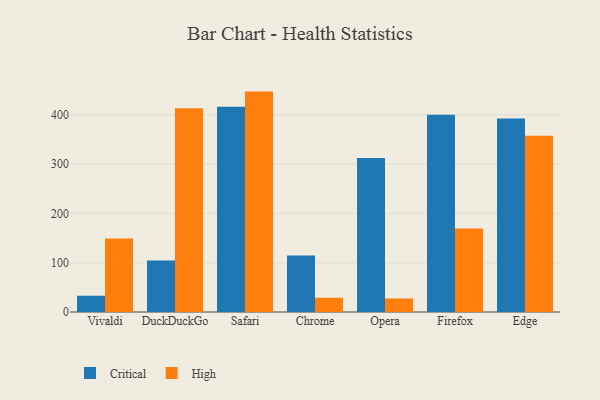
{"axis": {"x": "Browser", "y": "LTV (USD)"}, "legend": ["Critical", "High"], "data": [{"x": "Vivaldi", "y": 33.0, "type": "Critical"}, {"x": "Vivaldi", "y": 148.9, "type": "High"}, {"x": "DuckDuckGo", "y": 104.5, "type": "Critical"}, {"x": "DuckDuckGo", "y": 413.4, "type": "High"}, {"x": "Safari", "y": 416.3, "type": "Critical"}, {"x": "Safari", "y": 447.0, "type": "High"}, {"x": "Chrome", "y": 114.8, "type": "Critical"}, {"x": "Chrome", "y": 28.9, "type": "High"}, {"x": "Opera", "y": 312.3, "type": "Critical"}, {"x": "Opera", "y": 27.5, "type": "High"}, {"x": "Firefox", "y": 399.9, "type": "Critical"}, {"x": "Firefox", "y": 169.5, "type": "High"}, {"x": "Edge", "y": 392.6, "type": "Critical"}, {"x": "Edge", "y": 357.3, "type": "High"}]}